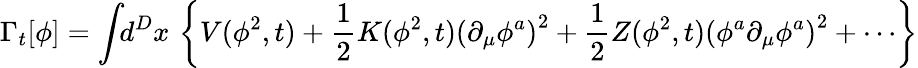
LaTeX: \Gamma_{t}[\phi]=\int\! \! d^{D}x\, \left\{ V(\phi^{2},t)+\frac{1}{2}K(\phi^{2},t)\left(\partial_{\mu}\phi^{a}\right)^{2}+\frac{1}{2}Z(\phi^{2},t)\left(\phi^{a}\partial_{\mu}\phi^{a}\right)^{2}+\cdots\right\}